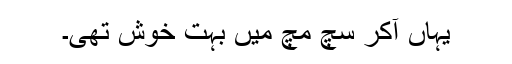
یہاں آکر سچ مچ میں بہت خوش تھی۔